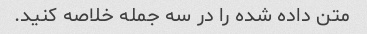
متن داده شده را در سه جمله خلاصه کنید.